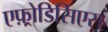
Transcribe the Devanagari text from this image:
एफ़्रोडिसिएस